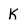
Character: k